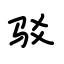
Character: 驳